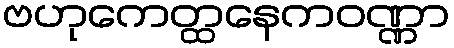
ဗဟုကေတ္ထနေကဝဏ္ဏာ